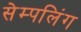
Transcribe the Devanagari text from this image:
सेम्पलिंग